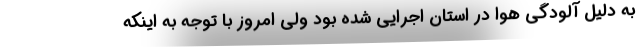
به دلیل آلودگی هوا در استان اجرایی شده بود ولی امروز با توجه به اینکه